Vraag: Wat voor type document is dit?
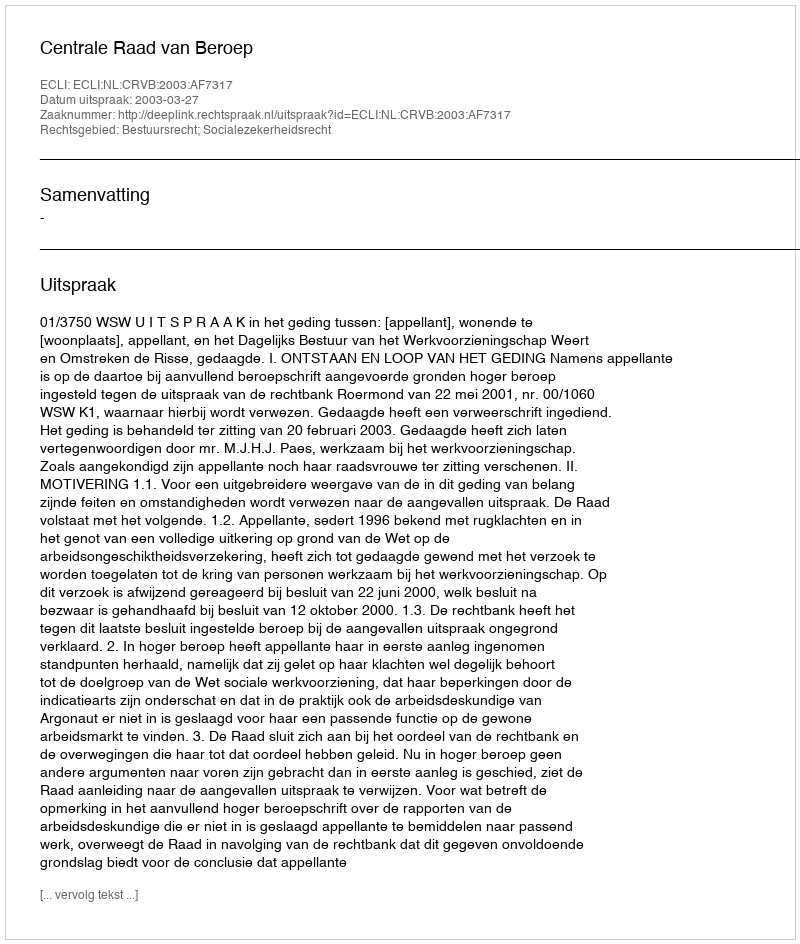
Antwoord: Uitspraak